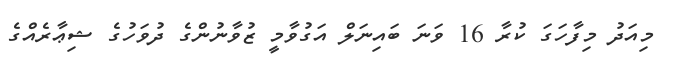
މިއަދު މިފާހަގަ ކުރާ 16 ވަނަ ބައިނަލް އަގުވާމީ ޒުވާނުންގެ ދުވަހުގެ ޝިޢާރެއްގެ